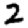
Digit: 2